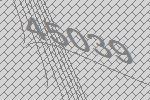
45039